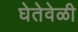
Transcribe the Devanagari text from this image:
घेतेवेळी